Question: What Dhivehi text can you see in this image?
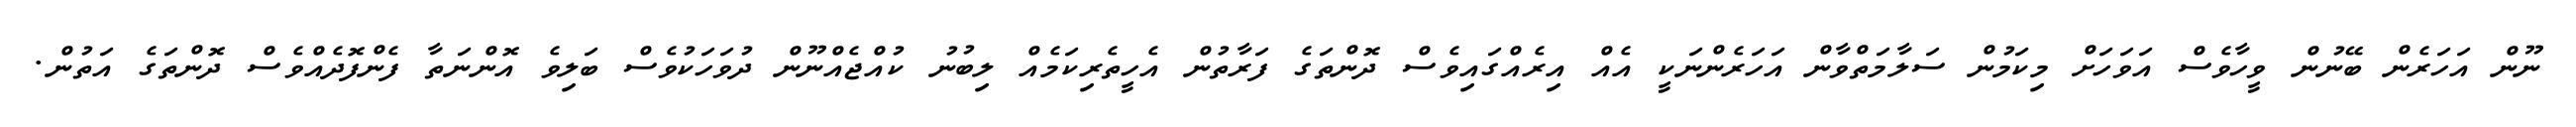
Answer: ނޫން އަހަރެން ބޭނުން ވީހާވެސް އަވަހަށް މިކަމުން ސަލާމަތްވާން އަހަރެންނަކީ އެއް އިރެއްގައިވެސް ދޮންތަގެ ފަރާތުން އެހީތެރިކަމެއް ލިބުނު ކުއްޖެއްނޫން ދުވަހަކުވެސް ބަލިވެ އޮންނަތާ ފެންފޮދެއްވެސް ދޮންތަގެ އަތުން.